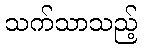
သက်သာသည့်